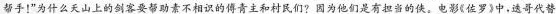
帮手！”为什么天山上的剑客要帮助不相识的傅青主和村民们?因为他们是有担当的侠。电影《佐罗》中，透哥代替